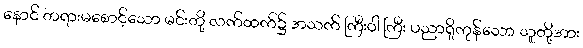
နောင် တရားမစောင့်သော မင်းတို့ လက်ထက်၌ အသက် ကြီးဝါ ကြီး ပညာရှိကုန်သော သူတို့အား